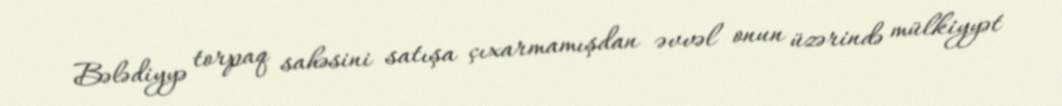
Bələdiyyə torpaq sahəsini satışa çıxarmamışdan əvvəl onun üzərində mülkiyyət